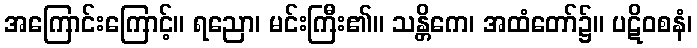
အကြောင်းကြောင့်။ ရညော၊ မင်းကြီး၏။ သန္တိကေ၊ အထံတော်၌။ ပဋိဝစနံ၊